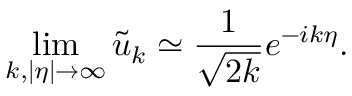
\operatorname * { l i m } _ { k , | \eta | \rightarrow \infty } \tilde { u } _ { k } \simeq \frac { 1 } { \sqrt { 2 k } } e ^ { - i k \eta } .